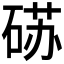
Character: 𰧈